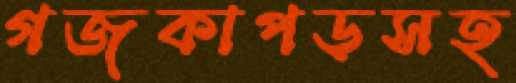
গজকাপড়সহ